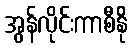
အွန်လိုင်းကာစီနို